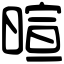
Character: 暄